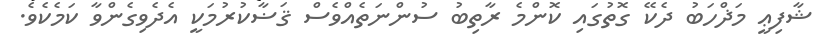
ޝާފިޢީ މަޛްހަބު ދެކޭ ގޮތުގައި ކޮންމެ ރާތިބު ސުންނަތެއްވެސް ޤަޟާކުރުމަކީ އެދެވިގެންވާ ކަމެކެވެ.